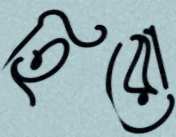
হিরো